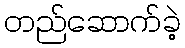
တည်ဆောက်ခဲ့